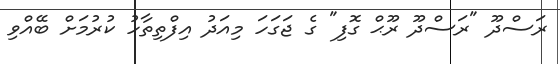
ރަސްދޫ "ރަސްދޫ ރޫޙް ގޮފި" ގެ ޖަގަހަ މިއަދު އިފްތިތާހު ކުރުމަށް ބޭއްވި